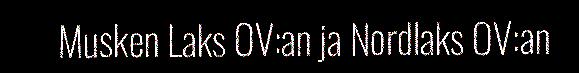
Musken Laks OV:an ja Nordlaks OV:an